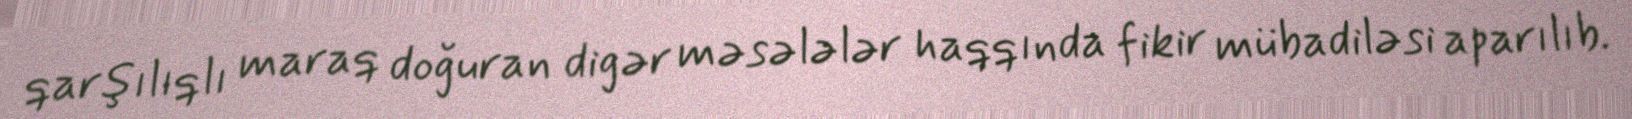
qarşılıqlı maraq doğuran digər məsələlər haqqında fikir mübadiləsi aparılıb.